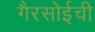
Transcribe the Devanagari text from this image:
गैरसोईची